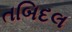
તબિદલ